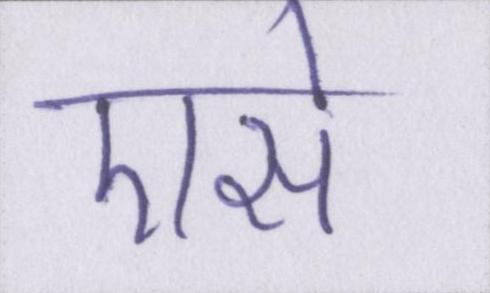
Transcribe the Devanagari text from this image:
एसे